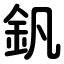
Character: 釩